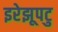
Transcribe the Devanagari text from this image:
इरेझूपटु